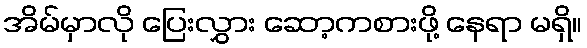
အိမ်မှာလို ပြေးလွှား ဆော့ကစားဖို့ နေရာ မရှိ။